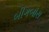
બીગબૉસ